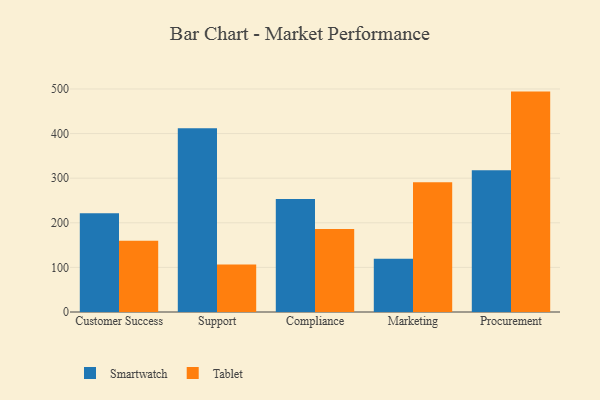
{"axis": {"x": "Department", "y": "Tickets Resolved"}, "legend": ["Smartwatch", "Tablet"], "data": [{"x": "Customer Success", "y": 221.3, "type": "Smartwatch"}, {"x": "Customer Success", "y": 159.7, "type": "Tablet"}, {"x": "Support", "y": 411.9, "type": "Smartwatch"}, {"x": "Support", "y": 106.4, "type": "Tablet"}, {"x": "Compliance", "y": 253.1, "type": "Smartwatch"}, {"x": "Compliance", "y": 186.2, "type": "Tablet"}, {"x": "Marketing", "y": 119.1, "type": "Smartwatch"}, {"x": "Marketing", "y": 290.6, "type": "Tablet"}, {"x": "Procurement", "y": 317.6, "type": "Smartwatch"}, {"x": "Procurement", "y": 494.1, "type": "Tablet"}]}